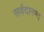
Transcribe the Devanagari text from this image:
सर्वदानन्द